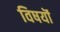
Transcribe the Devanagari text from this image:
विषयॊं